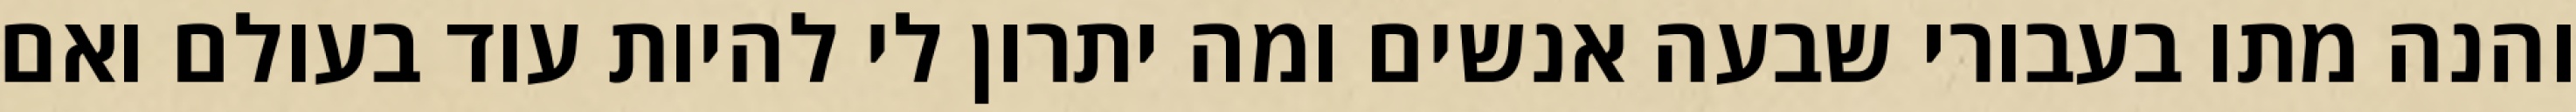
והנה מתו בעבורי שבעה אנשים ומה יתרון לי להיות עוד בעולם ואם